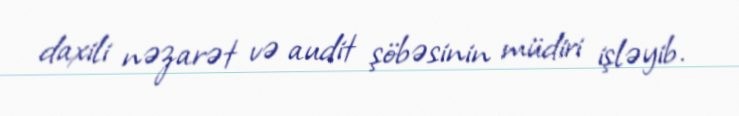
daxili nəzarət və audit şöbəsinin müdiri işləyib.